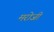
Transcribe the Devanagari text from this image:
मरोजी